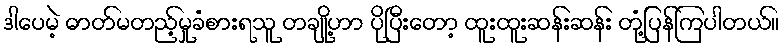
ဒါပေမဲ့ ဓာတ်မတည့်မှုခံစားရသူ တချို့ဟာ ပိုပြီးတော့ ထူးထူးဆန်းဆန်း တုံ့ပြန်ကြပါတယ်။